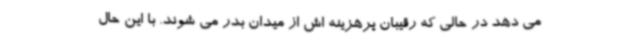
می دهد در حالی که رقیبان پرهزینه اش از میدان بدر می شوند. با این حال